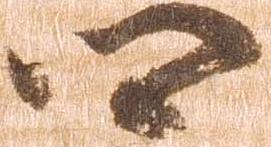
郷